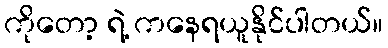
ကိုတော့ ရဲ့ ကနေရယူနိုင်ပါတယ်။